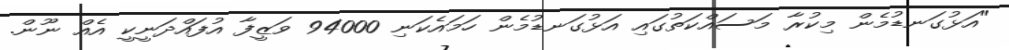
"އަޅުގަނޑުމެން މިކުރާ މަސައްކަތުގައި އަޅުގަނޑުމެން ހަމައެކަނި 94000 ވަޒީފާ އުފައްދަނީކީ އެއް ނޫން.